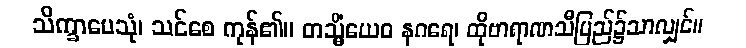
သိက္ခာပေသုံ၊ သင်စေ ကုန်၏။ တသ္မိံယေဝ နဂရေ၊ ထိုဗာရာဏသီပြည်၌သာလျှင်။